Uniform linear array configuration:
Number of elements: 24
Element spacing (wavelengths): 0.25
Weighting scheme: exponential
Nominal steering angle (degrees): -15
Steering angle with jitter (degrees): -13.139
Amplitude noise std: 0.05
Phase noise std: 0.05

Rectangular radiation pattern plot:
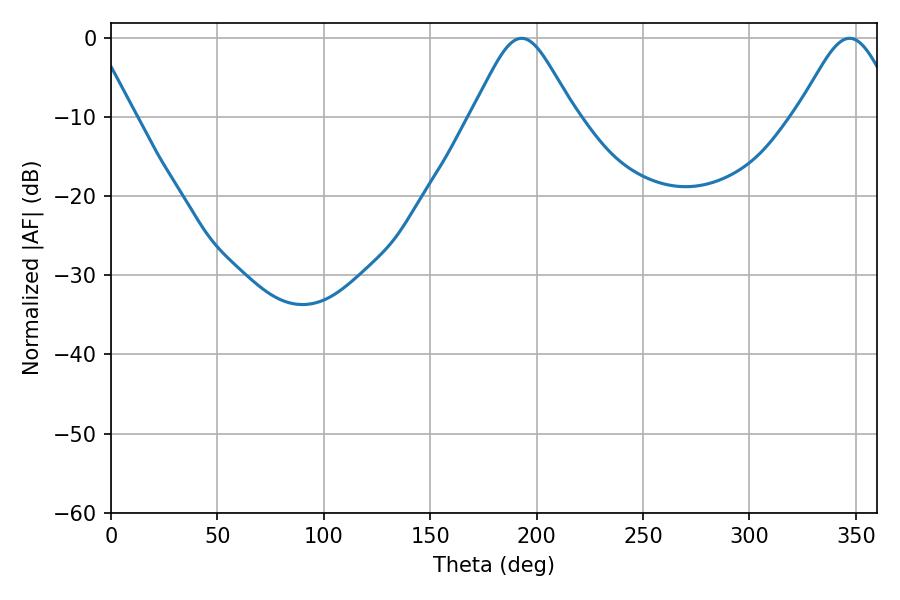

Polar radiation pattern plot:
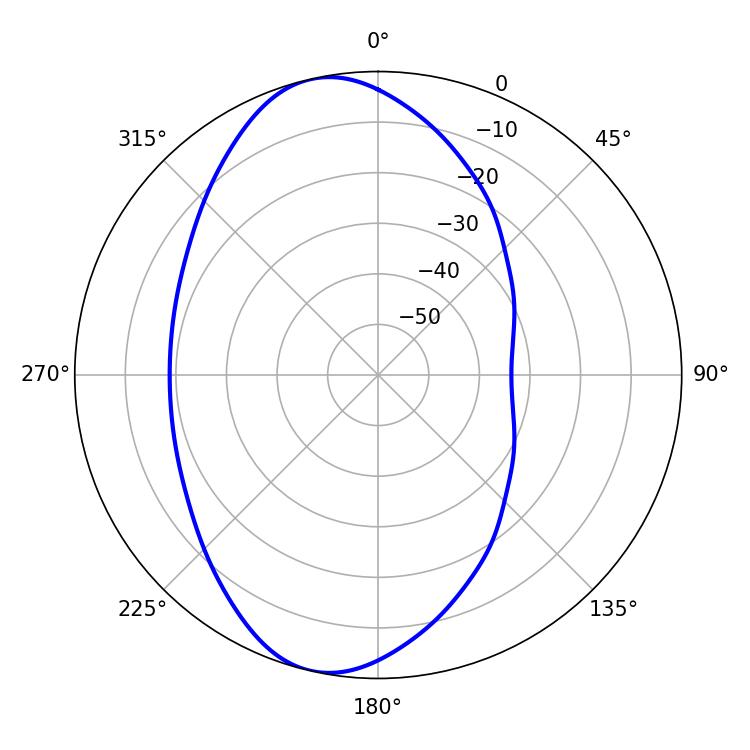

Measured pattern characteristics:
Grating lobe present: FALSE
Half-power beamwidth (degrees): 23.76
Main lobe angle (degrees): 192.96